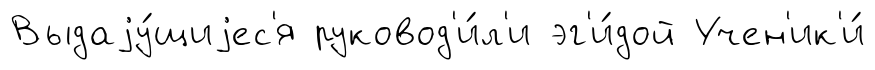
Выдаjу́щиjес'я руковод'и́л'и эг'и́дой Учен'ик'и́